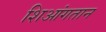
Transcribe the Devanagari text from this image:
शिआंगतान